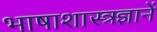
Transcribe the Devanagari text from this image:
भाषाशास्त्रज्ञानें